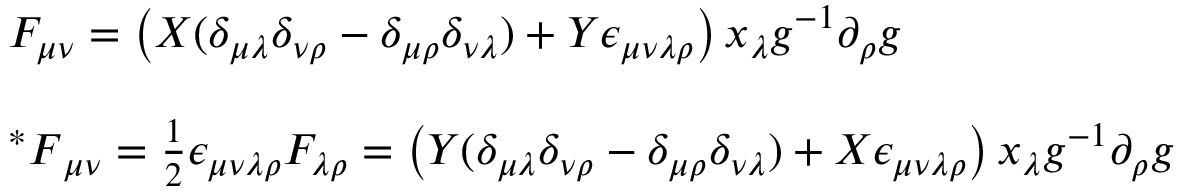
\begin{array} { l } { { F _ { \mu \nu } = \left( X ( \delta _ { \mu \lambda } \delta _ { \nu \rho } - \delta _ { \mu \rho } \delta _ { \nu \lambda } ) + Y \epsilon _ { \mu \nu \lambda \rho } \right) x _ { \lambda } g ^ { - 1 } \partial _ { \rho } g } } \\ { { { } } } \\ { { { { } ^ { \ast } F } _ { \mu \nu } = \textstyle { \frac { 1 } { 2 } } \epsilon _ { \mu \nu \lambda \rho } F _ { \lambda \rho } = \left( Y ( \delta _ { \mu \lambda } \delta _ { \nu \rho } - \delta _ { \mu \rho } \delta _ { \nu \lambda } ) + X \epsilon _ { \mu \nu \lambda \rho } \right) x _ { \lambda } g ^ { - 1 } \partial _ { \rho } g } } \end{array}